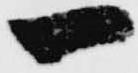
一